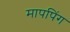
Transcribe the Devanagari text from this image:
मापपिंग